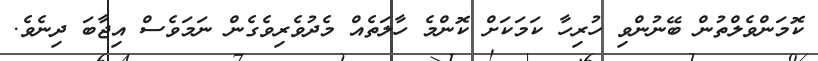
ކޮމަންވެލްތުން ބޭނުންވި ހުރިހާ ކަމަކަށް ކޮންމެ ހާލަތެއް މެދުވެރިވެގެން ނަމަވެސް އިޖާބަ ދިނެވެ.